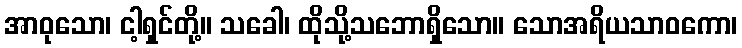
အာဝုသော၊ ငါ့ရှင်တို့။ သခေါ၊ ထိုသို့သဘောရှိသော။ သောအရိယသာဝကော၊